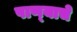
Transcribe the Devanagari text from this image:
पाण्‍याचे